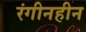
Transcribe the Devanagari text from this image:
रंगीनहीन